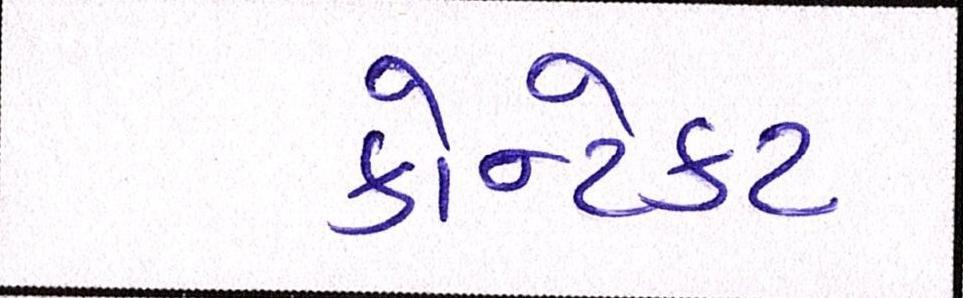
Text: કોન્ટેકટ